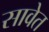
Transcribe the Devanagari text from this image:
सावेत